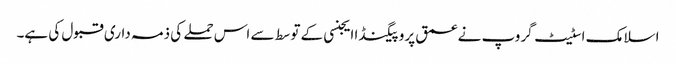
اسلامک اسٹیٹ گروپ نے عمق پروپیگنڈا ایجنسی کے توسط سے اس حملے کی ذمہ داری قبول کی ہے۔